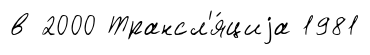
в 2000 Трансл'я́циjа 1981